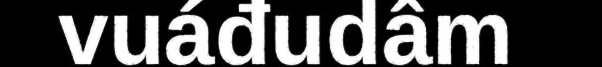
vuáđudâm